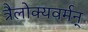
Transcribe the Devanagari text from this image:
त्रैलोक्यवर्मन्‌